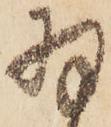
羽